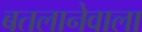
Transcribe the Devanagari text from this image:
बतलानेवाला